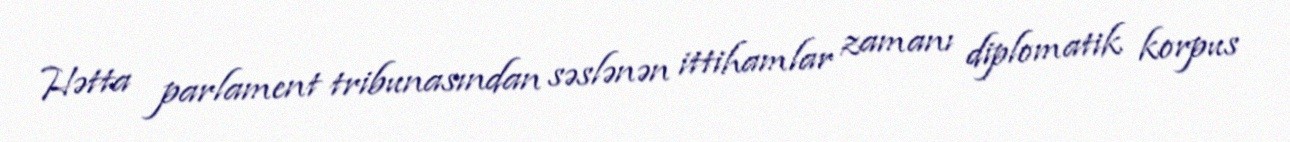
Hətta parlament tribunasından səslənən ittihamlar zamanı diplomatik korpus